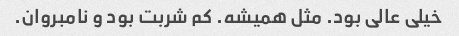
خیلی عالی بود. مثل همیشه. کم شربت بود و نامبروان.